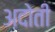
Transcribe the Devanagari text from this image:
अदोती